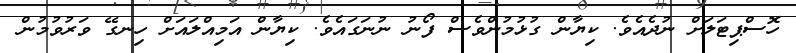
ހޮސްޕިޓަލަށް ނުދެއެވެ. ކިޔާން ގުޅުމުންވެސް ފޯނު ނުނަގައެވެ. ކިޔާން އަމިއްލައަށް ހިނގޭ ވަރުވުމުން